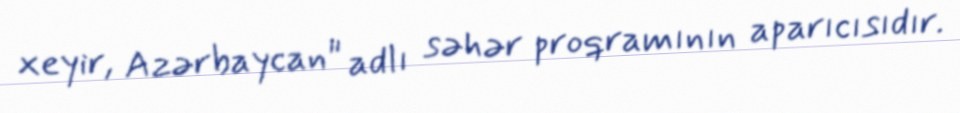
xeyir, Azərbaycan" adlı səhər proqramının aparıcısıdır.